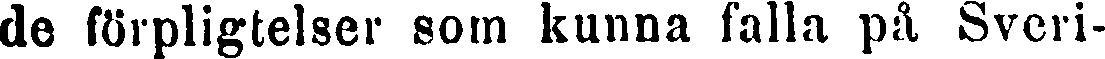
de förpligtelser som kunna falla på Sveri-